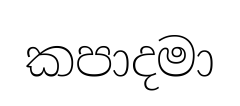
කපාදමා